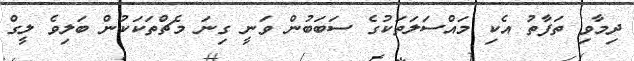
ދިމާވި ތަފާތު އެކި މައްސަލަތަކުގެ ސަބަބުން ވަނީ ގިނަ މެޗްތަކަކުން ބަލިވެ ލީގް